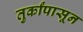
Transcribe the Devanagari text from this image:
तुर्कांपासून